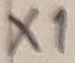
Text: X1